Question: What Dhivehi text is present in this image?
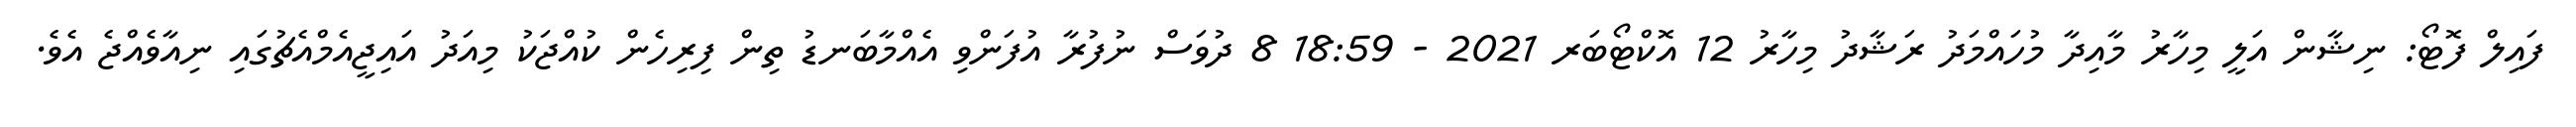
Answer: ފައިލް ފޮޓޯ: ނިޝާން އަލީ މިހާރު މާއިދާ މުހައްމަދު ރަޝާދު މިހާރު 12 އޮކްޓޯބަރ 2021 - 18:59 8 ދުވަސް ނުފުރާ އުފަންވި އެއްމާބަނޑު ތިން ފިރިހެން ކުއްޖަކު މިއަދު އައިޖީއެމްއެޗުގައި ނިއާވެއްޖެ އެވެ.